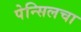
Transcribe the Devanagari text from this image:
पेन्सिलचा